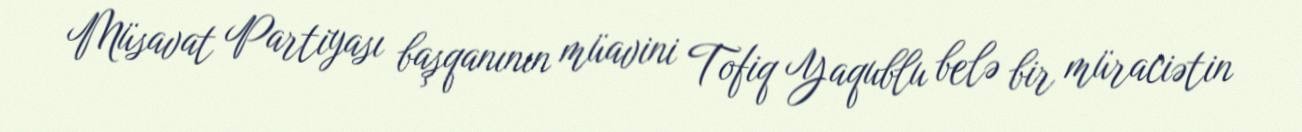
Müsavat Partiyası başqanının müavini Tofiq Yaqublu belə bir müraciətin